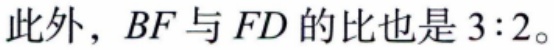
此外，$BF$与$FD$的比也是$3:2$。